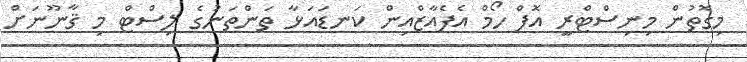
މިގޮތުން މިނިސްޓްރީ އޮފް ހޯމް އެފެއާޒްއިން ކަނޑައަޅާ ތަންތަނުގެ ލިސްޓް މި ޤާނޫނަށް